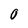
Character: 0